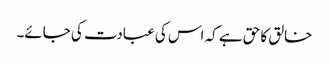
خالق کا حق ہے کہ اس کی عبادت کی جائے۔